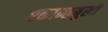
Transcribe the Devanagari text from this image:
एकान्तमुखी